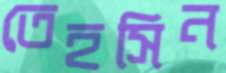
তেহসিন